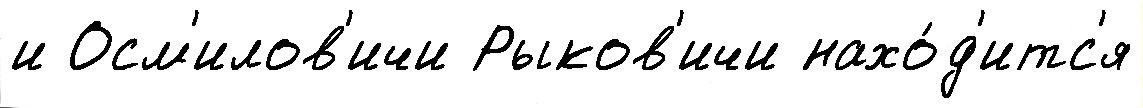
и Осм'илов'ичи Рыков'ичи нахо́д'итс'я